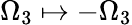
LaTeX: \Omega_{3}\mapsto-\Omega_{3}